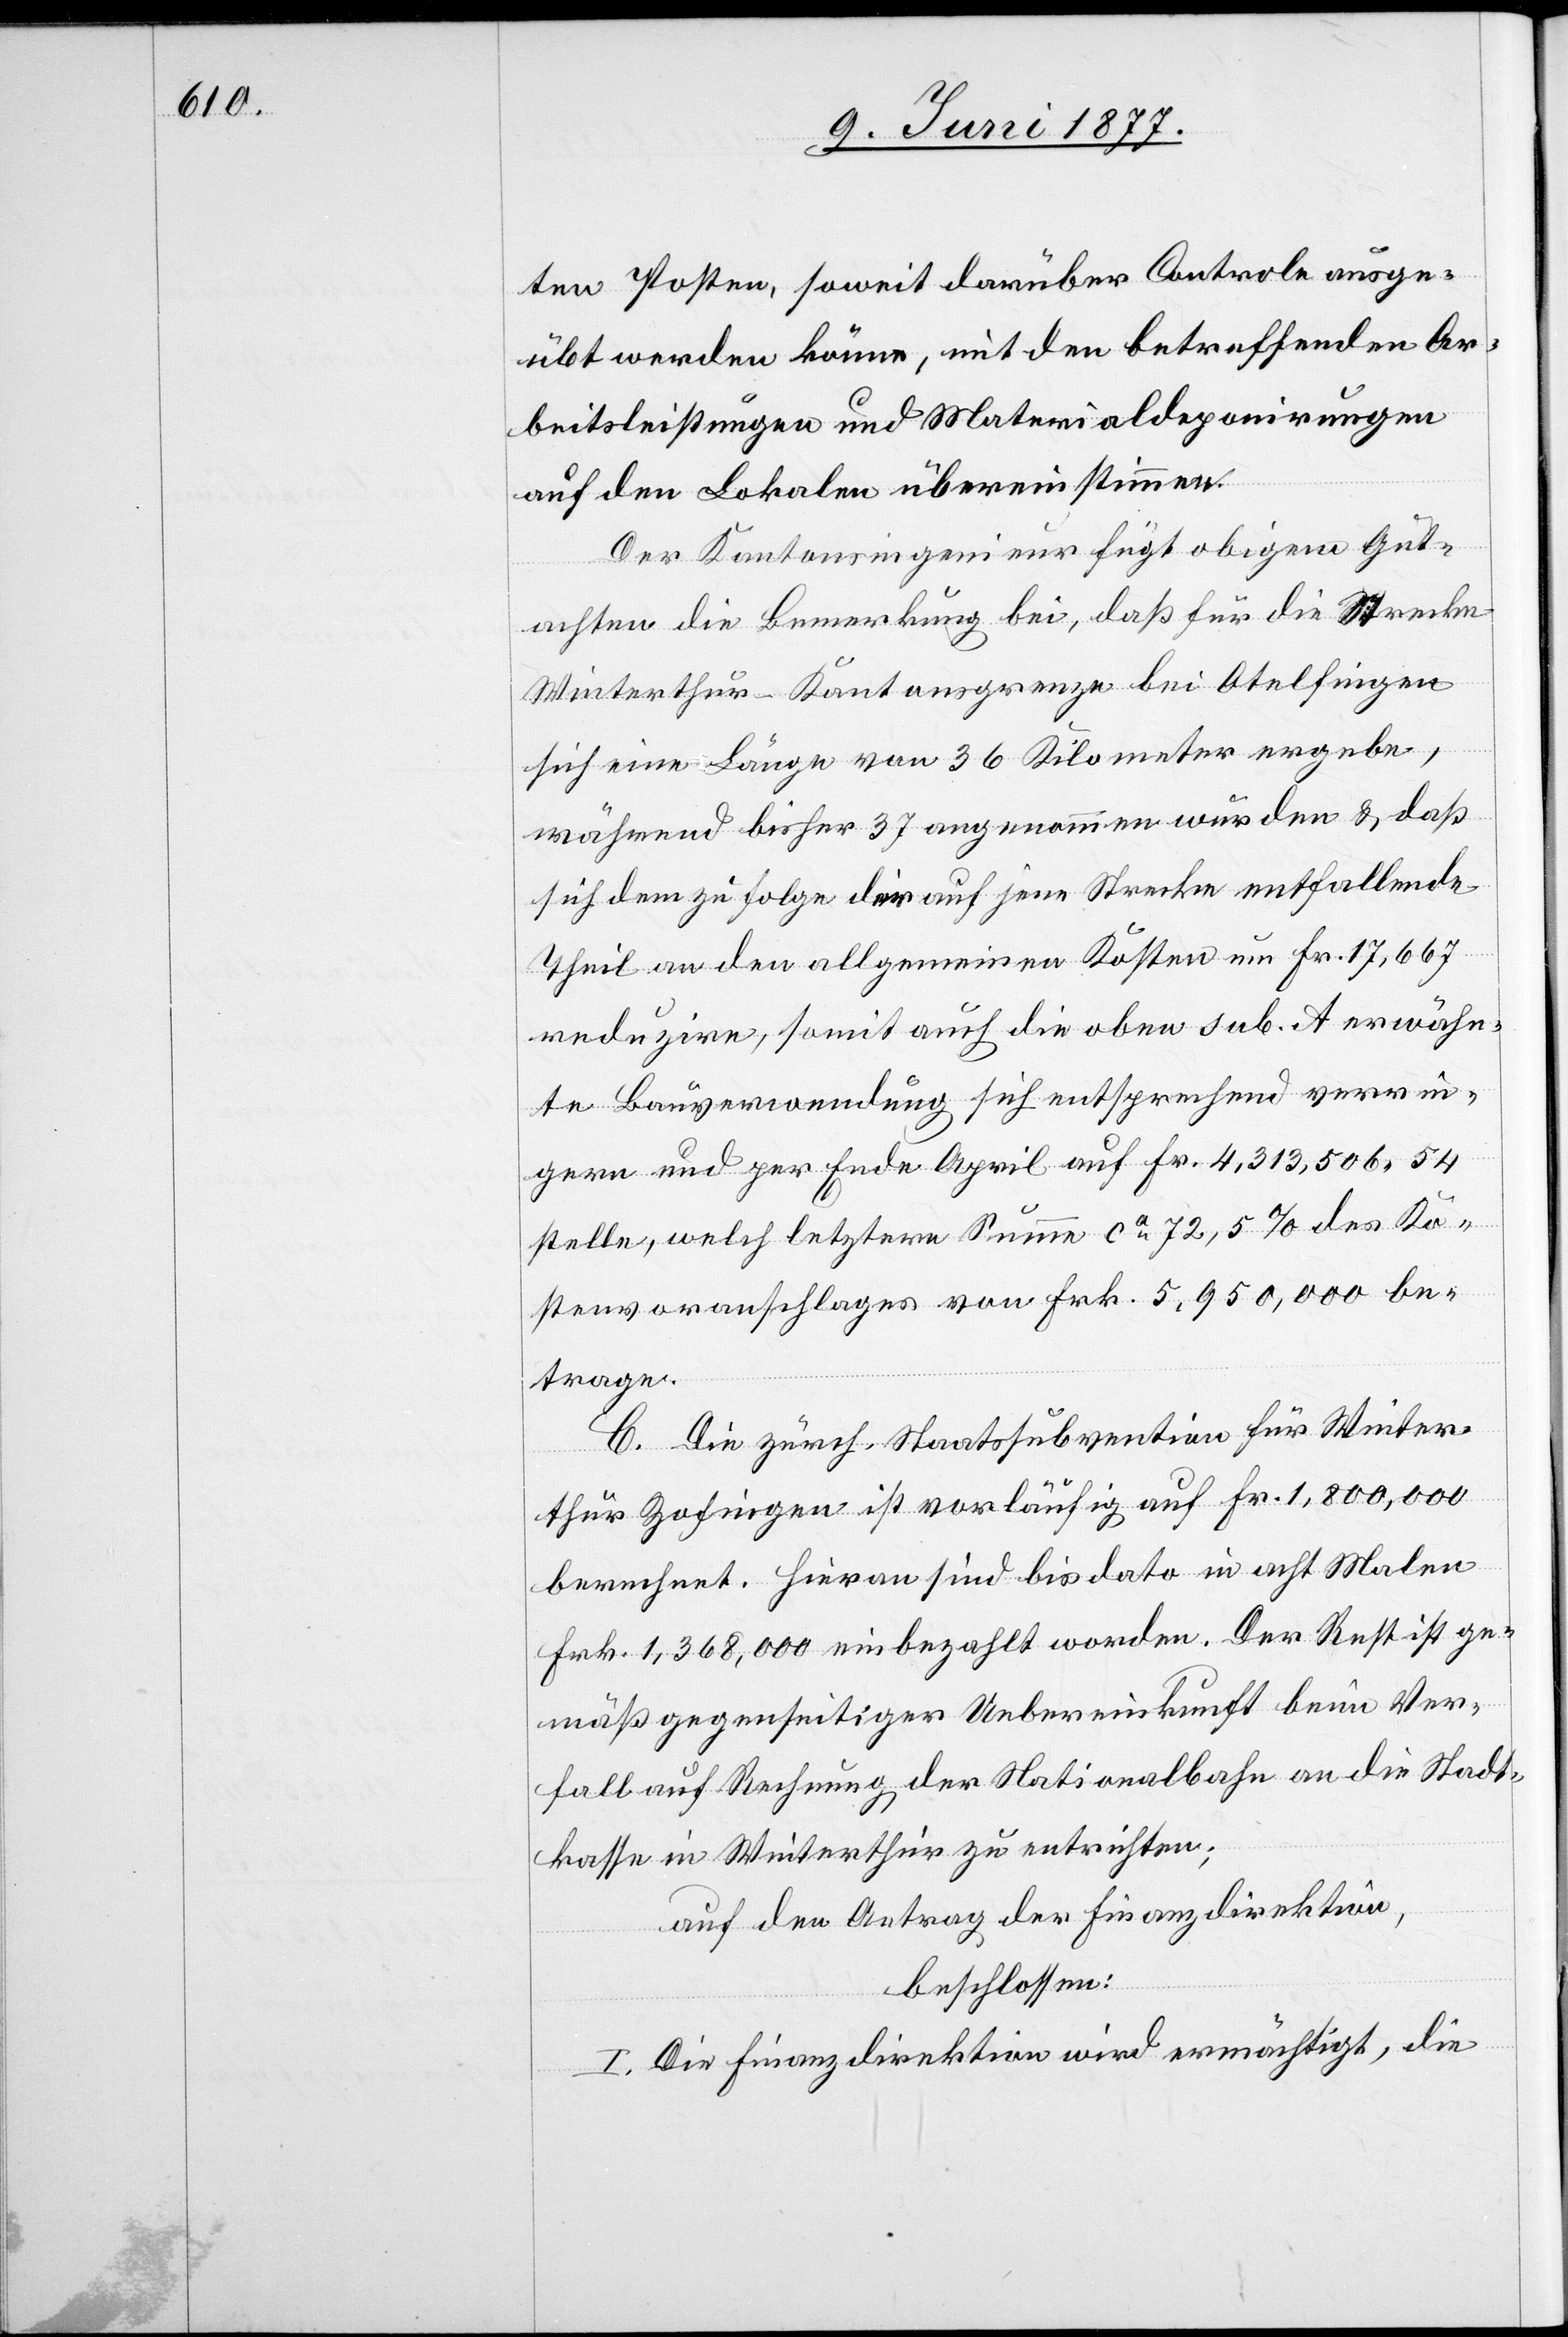
ten Posten, soweit darüber Controle ausge¬
übt werden könne, mit den betreffenden Ar¬
beitsleistungen und Materialdeponirungen
auf den Lokalen übereinstimmen.
Der Kantonsingenieur fügt obigem Gut¬
achten die Bemerkung bei, daß für die Strecke
Winterthur–Kantonsgrenze bei Otelfingen
sich eine Länge von 36 Kilometer ergebe,
während bisher 37 angenommen wurden & daß
sich demzufolge der auf jene Strecke entfallende
Theil an den allgemeinen Kosten um Fr. 17,667
reduzire, somit auch die oben sub. A erwähn¬
te Bauverwendung sich entsprechend verrin¬
gern und per Ende April auf Fr. 4,313,506 54
stelle, welch letztere Summe ca 72,5% des Ko¬
stenvoranschlages von Fr. 5,950,000 be¬
trage.
C. Die zürch. Staatssubvention für Winter¬
thur[–]Zofingen ist vorläufig auf Fr. 1,800,000
berechnet. Hieran sind bis dato in acht Malen
Frk. 1,368,000 einbezahlt worden. Der Rest ist ge¬
mäß gegenseitiger Uebereinkunft beim Ver¬
fall auf Rechnung der Nationalbahn an die Stadt¬
kasse in Winterthur zu entrichten;
auf den Antrag der Finanzdirektion,
beschlossen:
I. Die Finanzdirektion wird ermächtigt, die